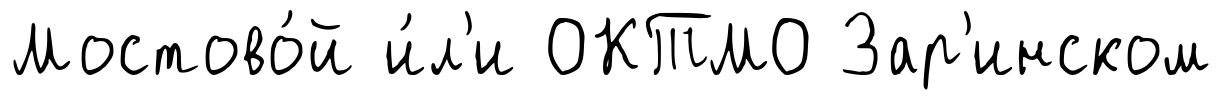
Мостово́й и́л'и ОКТМО Зар'инском